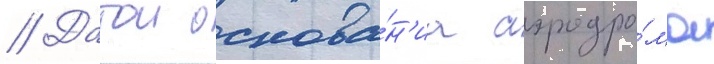
// Датои основа́н'иа аэродро́ма